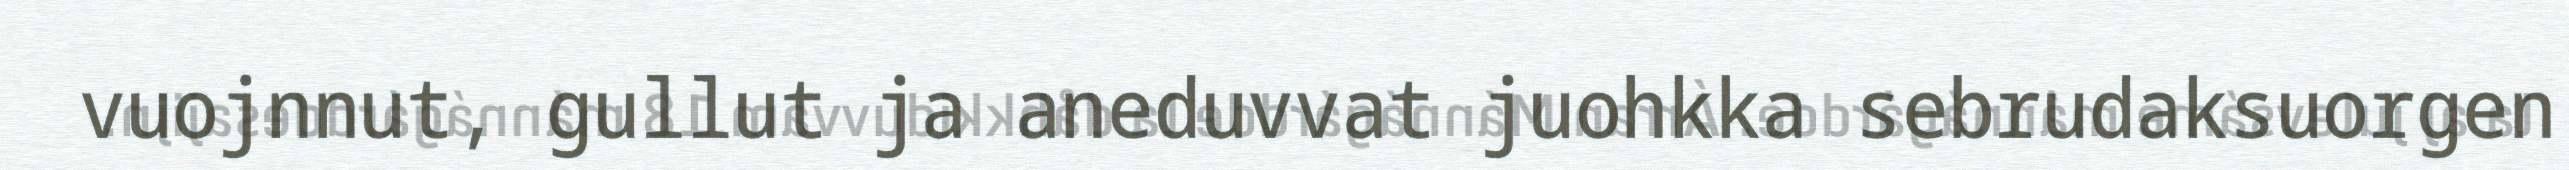
vuojnnut, gullut ja aneduvvat juohkka sebrudaksuorgen